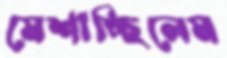
মেশাচ্ছিলেম